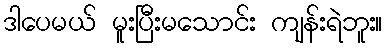
ဒါပေမယ် မူးပြီးမသောင်း ကျန်းရဲဘူး။